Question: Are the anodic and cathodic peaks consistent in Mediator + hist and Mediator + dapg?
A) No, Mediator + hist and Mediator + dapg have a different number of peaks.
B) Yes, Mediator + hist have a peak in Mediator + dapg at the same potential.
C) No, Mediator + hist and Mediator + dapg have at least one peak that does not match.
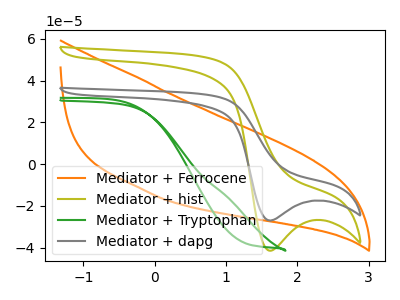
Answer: <think>The orange curve "Mediator + Ferrocene" has no peaks. The olive curve "Mediator + hist" has a cathodic peak at: (1.60V, -41.50uA). The green curve "Mediator + Tryptophan" has no peaks. The gray curve "Mediator + dapg" has a cathodic peak at: (1.60V, -27.05uA).</think>
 <answer>B) Yes, "Mediator + hist" have a peak in "Mediator + dapg" at the same potential.</answer>
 <eval>B</eval>